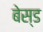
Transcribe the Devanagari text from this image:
बेस्‍ड